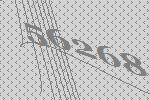
56268